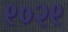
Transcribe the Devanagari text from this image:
९०२९